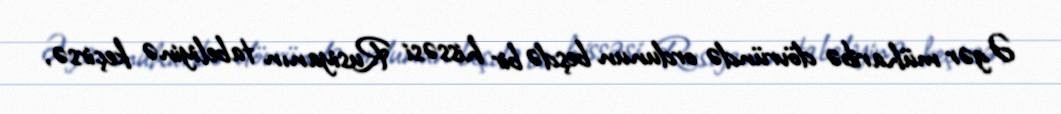
Əgər müharibə dövründə ordunun beşdə bir hissəsi Rusiyanın tabeliyinə keçirsə,